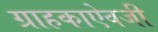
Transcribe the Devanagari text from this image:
ग्राहकाऐवजी